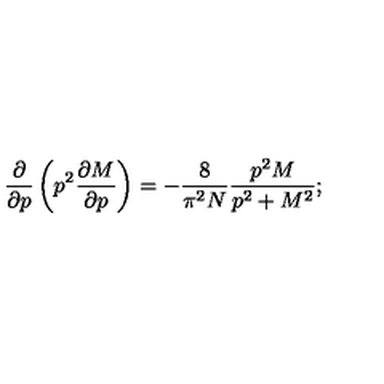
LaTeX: \frac { \partial } { \partial p } \left( p ^ { 2 } \frac { \partial M } { \partial p } \right) = - \frac { 8 } { \pi ^ { 2 } N } \frac { p ^ { 2 } M } { p ^ { 2 } + M ^ { 2 } } ;